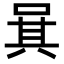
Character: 𠴩